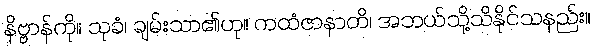
နိဗ္ဗာန်ကို။ သုခံ၊ ချမ်းသာ၏ဟု။ ကထံဇာနာတိ၊ အဘယ်သို့သိနိုင်သနည်း။